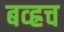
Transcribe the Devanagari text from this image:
बव्ह्रच